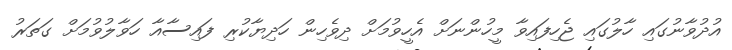
އުދުވާނުގައި ހާލުގައި ޖެހިފައިވާ މީހުންނަށް އެހީވުމަށް ދިވެހިން ހަދިޔާކުރި ފައިސާއާ ހަވާލުވުމަށް ގަތަރު